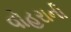
વોહરાની